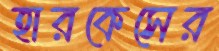
হারকেসের